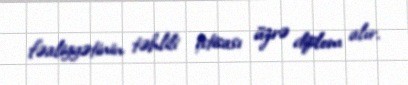
fəaliyyətinin təhlili ixtisası üzrə diplom alır.